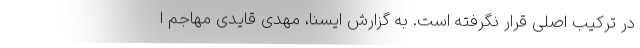
در ترکیب اصلی قرار نگرفته است. به گزارش ایسنا، مهدی قایدی مهاجم ا